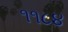
૧૧૮૪